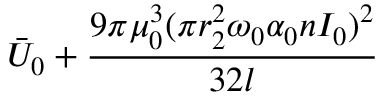
\bar { U } _ { 0 } + \frac { 9 \pi \mu _ { 0 } ^ { 3 } ( \pi r _ { 2 } ^ { 2 } \omega _ { 0 } \alpha _ { 0 } n I _ { 0 } ) ^ { 2 } } { 3 2 l }